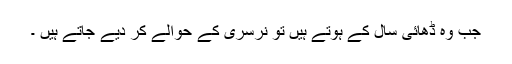
جب وہ ڈھائی سال کے ہوتے ہیں تو نرسری کے حوالے کر دیے جاتے ہیں ۔